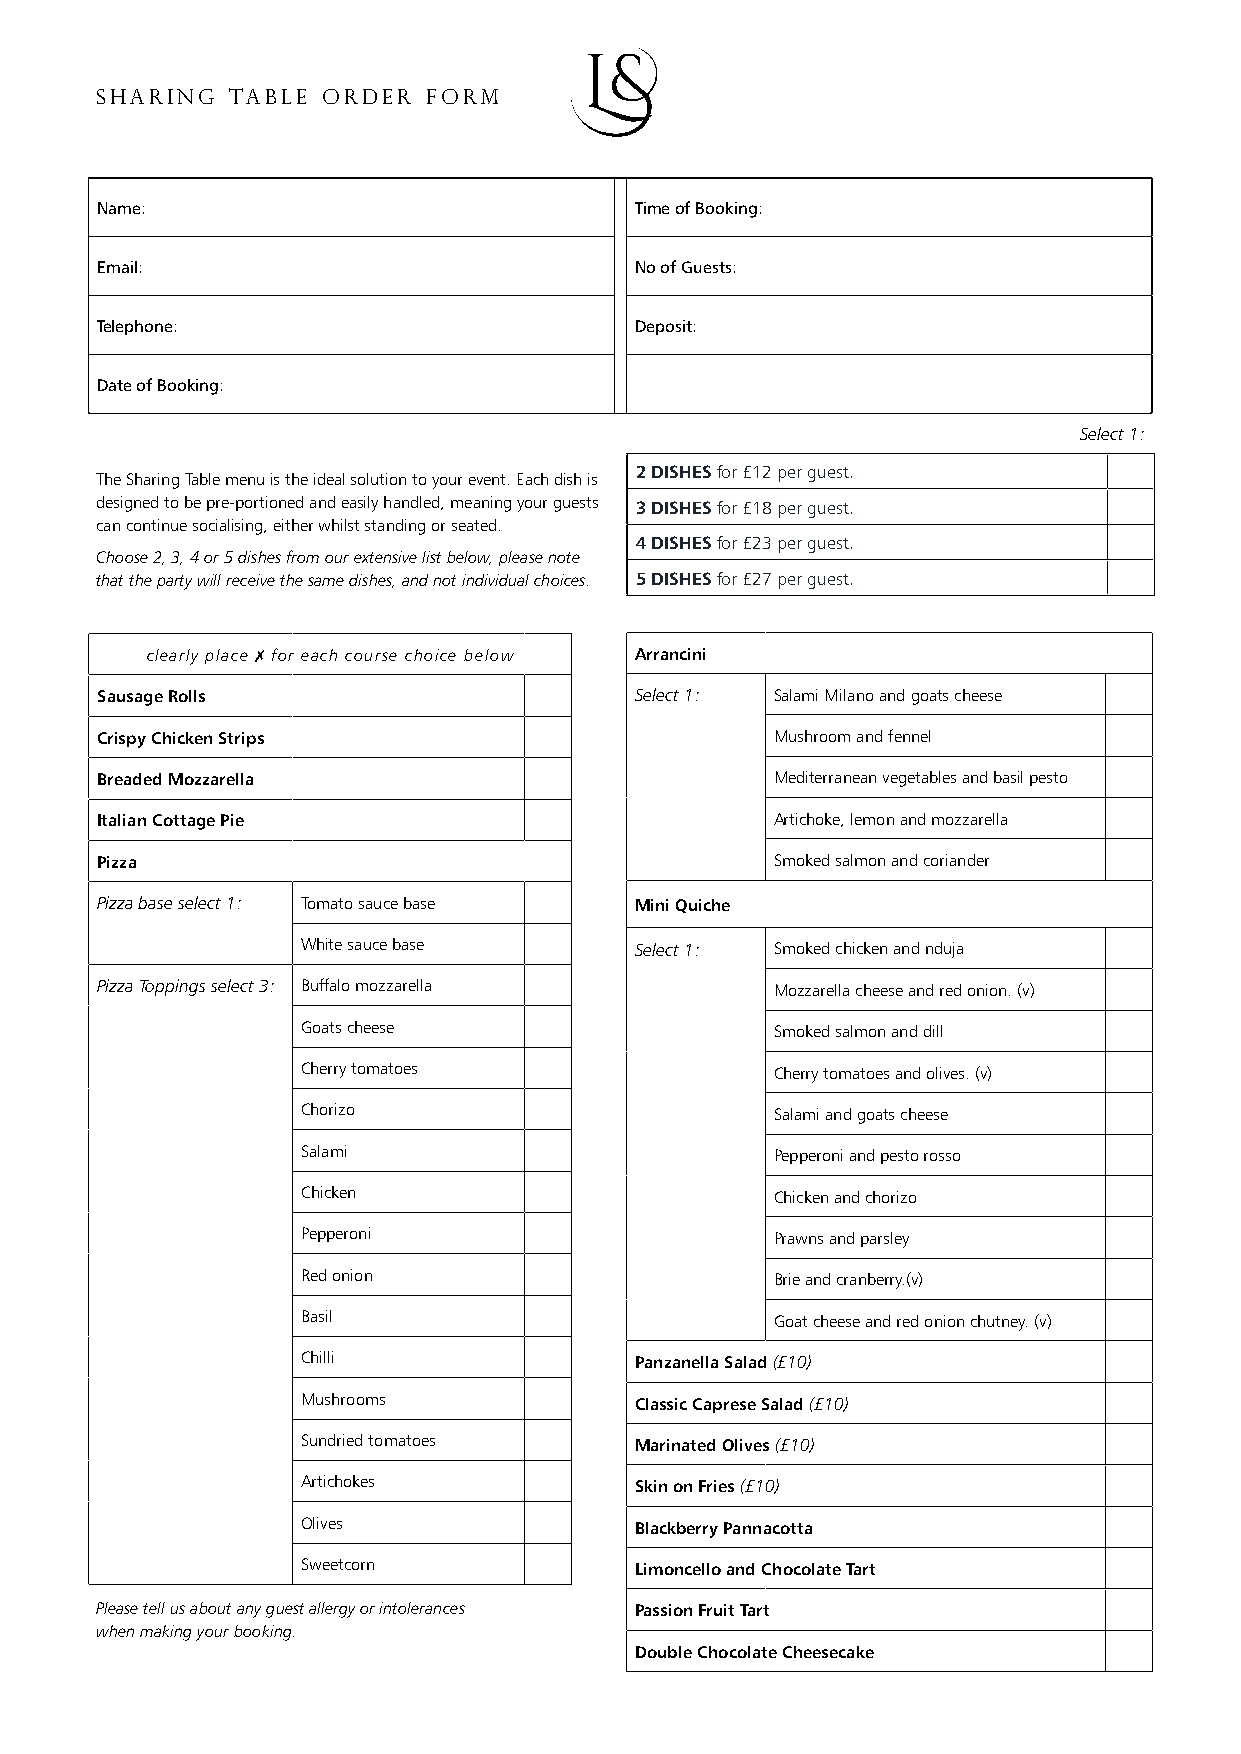
SHARING  TABLE ORDER  FORM
 Name:                               Time of Booking:
 Email:                              No of Guests:
 Telephone:                          Deposit:
 Date of Booking:
 Select 1:
 2 DISHES for £12 per guest.
 The Sharing Table menu is the ideal solution to your event. Each dish is
 designed to be pre-portioned and easily handled, meaning your guests 3 DISHES for £18 per guest.
 can continue socialising, either whilst standing or seated.
 4 DISHES for £23 per guest.
 Choose 2, 3, 4 or 5 dishes from our extensive list below, please note
 that the party will receive the same dishes, and not individual choices. 5 DISHES for £27 per guest.
 clearly place ✗ for each course choice below Arrancini
 Sausage Rolls                       Select 1: Salami Milano and goats cheese
 Crispy Chicken Strips                        Mushroom and fennel
 Breaded Mozzarella                           Mediterranean vegetables and basil pesto
 Italian Cottage Pie                          Artichoke, lemon and mozzarella
 Pizza                                        Smoked salmon and coriander
 Pizza base select 1: Tomato sauce base Mini Quiche
 White sauce base      Select 1: Smoked chicken and nduja
 Pizza Toppings select 3: Buffalo mozzarella  Mozzarella cheese and red onion. (v)
 Goats cheese                   Smoked salmon and dill
 Cherry tomatoes                Cherry tomatoes and olives. (v)
 Chorizo                        Salami and goats cheese
 Salami                         Pepperoni and pesto rosso
 Chicken                        Chicken and chorizo
 Pepperoni                      Prawns and parsley
 Red onion                      Brie and cranberry.(v)
 Basil                          Goat cheese and red onion chutney. (v)
 Chilli                Panzanella Salad (£10)
 Mushrooms             Classic Caprese Salad (£10)
 Sundried tomatoes     Marinated Olives (£10)
 Artichokes            Skin on Fries (£10)
 Olives                Blackberry Pannacotta
 Sweetcorn             Limoncello and Chocolate Tart
 Please tell us about any guest allergy or intolerances Passion Fruit Tart
 when making your booking.
 Double Chocolate Cheesecake